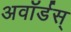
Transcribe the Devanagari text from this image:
अवॉर्डस्